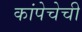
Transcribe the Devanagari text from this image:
कांपेचेची